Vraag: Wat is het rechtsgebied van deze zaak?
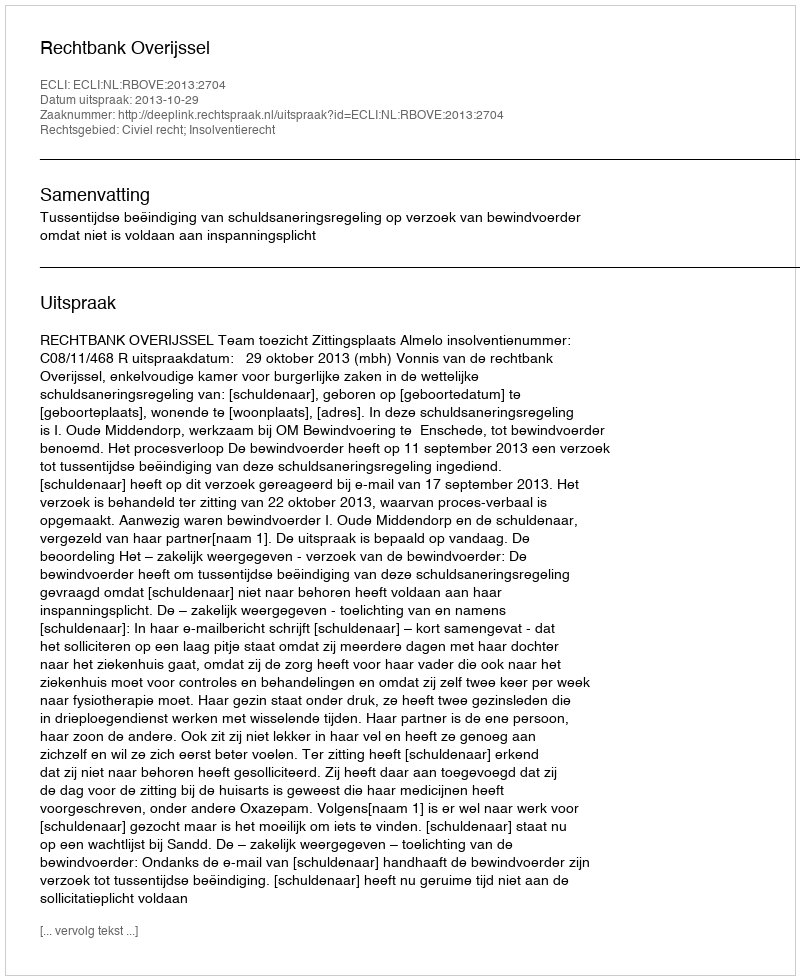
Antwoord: Civiel recht; Insolventierecht